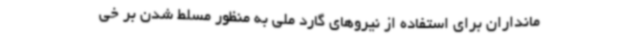
مانداران برای استفاده از نیروهای گارد ملی به منظور مسلط شدن بر خی